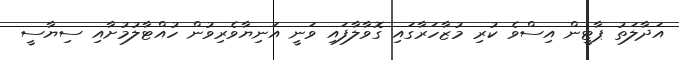
އަދާލަތު ޕާޓީން އިސްވެ ކުރި މުޒާހަރާގައި ގޮވާލާފައި ވަނީ އަނިޔާވެރިވުން ހުއްޓާލުމުށާއި ސިޔާސީ